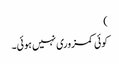
)
کوئی کمزوری نہیں ہوئی۔